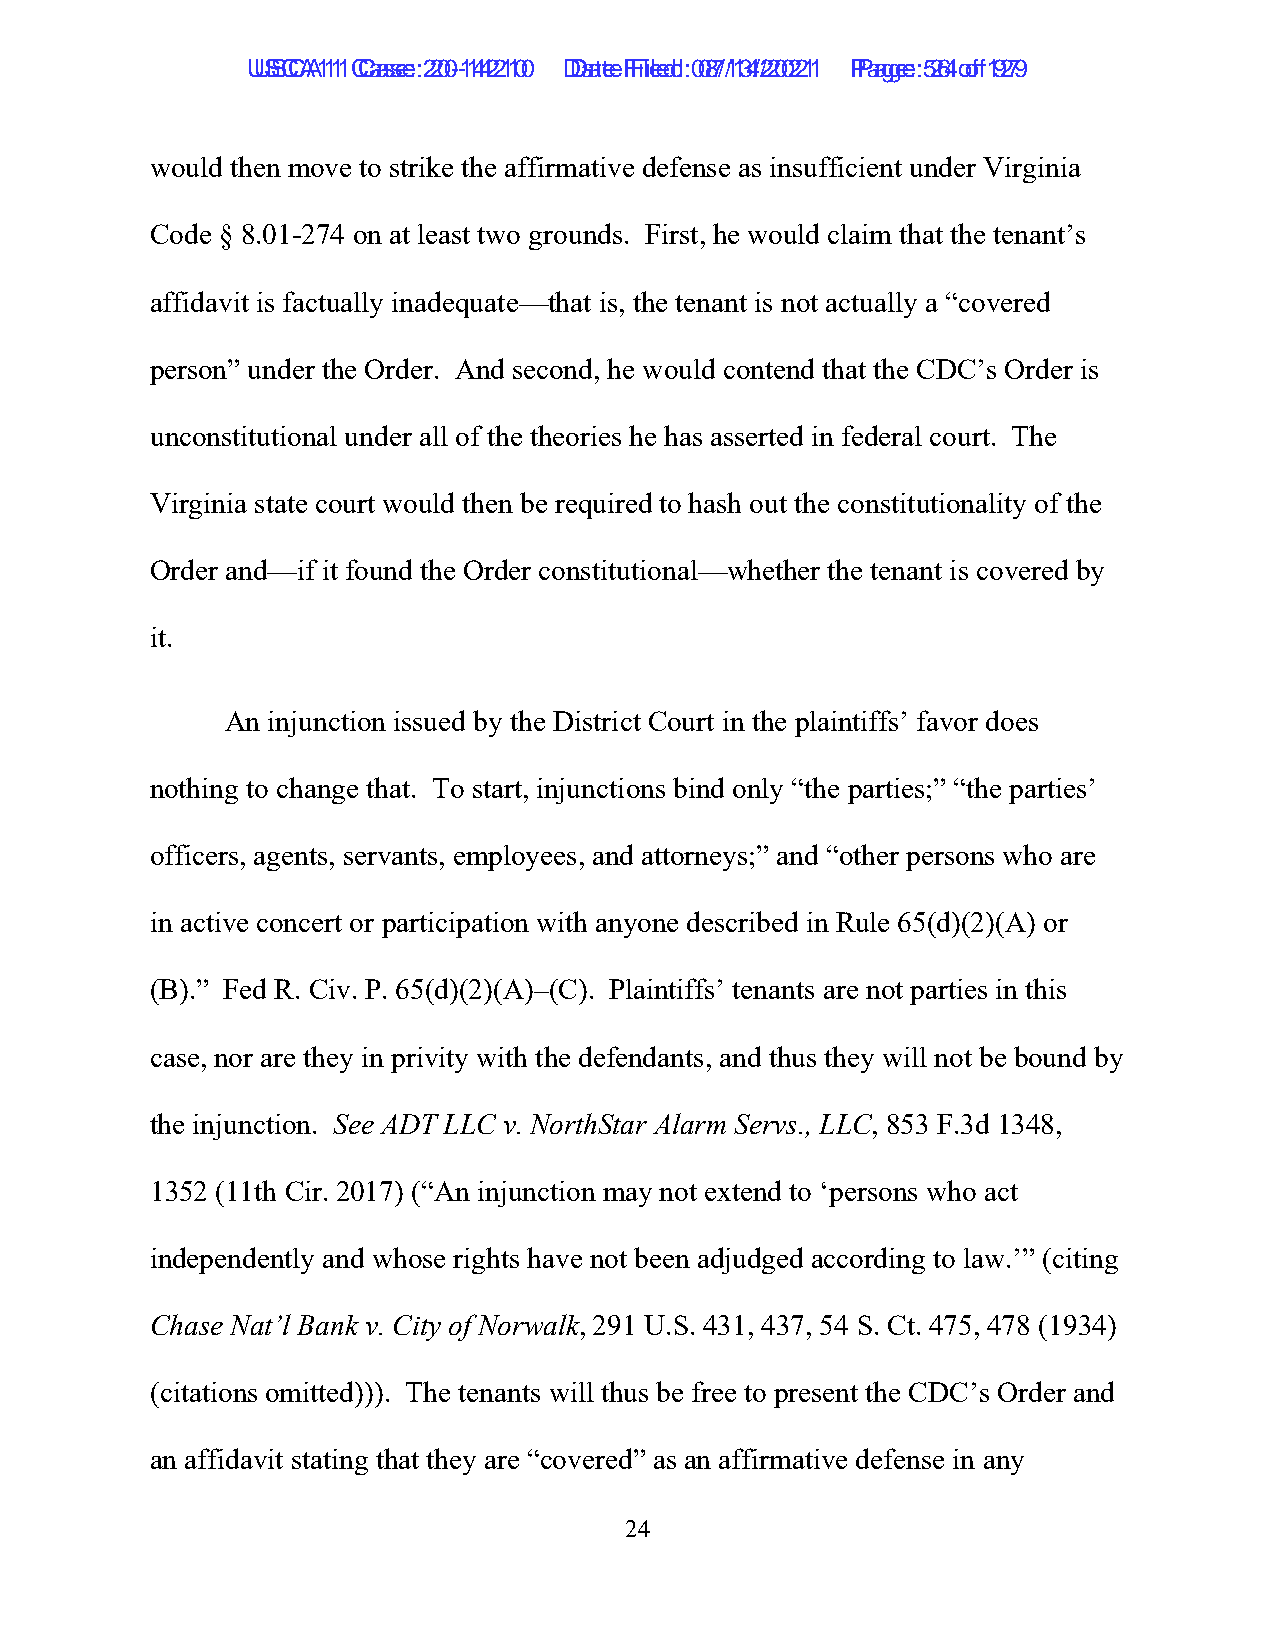
UUSSCCAA1111 C Caassee: :2 200--1144221100 D Daatete F Filieledd: :0 087/1/134/2/2002211 P Paaggee: :5 264 o of f1 9279
 would then move to strike the affirmative defense as insufficient under Virginia
 Code § 8.01-274 on at least two grounds. First, he would claim that the tenant’s
 affidavit is factually inadequate—that is, the tenant is not actually a “covered
 person” under the Order. And second, he would contend that the CDC’s Order is
 unconstitutional under all of the theories he has asserted in federal court. The
 Virginia state court would then be required to hash out the constitutionality of the
 Order and—if it found the Order constitutional—whether the tenant is covered by
 it.
 An injunction issued by the District Court in the plaintiffs’ favor does
 nothing to change that. To start, injunctions bind only “the parties;” “the parties’
 officers, agents, servants, employees, and attorneys;” and “other persons who are
 in active concert or participation with anyone described in Rule 65(d)(2)(A) or
 (B).” Fed R. Civ. P. 65(d)(2)(A)–(C). Plaintiffs’ tenants are not parties in this
 case, nor are they in privity with the defendants, and thus they will not be bound by
 the injunction. See ADT LLC v. NorthStar Alarm Servs., LLC, 853 F.3d 1348,
 1352 (11th Cir. 2017) (“An injunction may not extend to ‘persons who act
 independently and whose rights have not been adjudged according to law.’” (citing
 Chase Nat’l Bank v. City of Norwalk, 291 U.S. 431, 437, 54 S. Ct. 475, 478 (1934)
 (citations omitted))). The tenants will thus be free to present the CDC’s Order and
 an affidavit stating that they are “covered” as an affirmative defense in any
 24